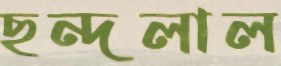
ছন্দলাল